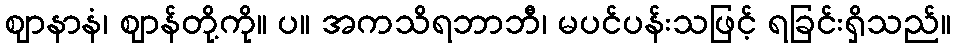
ဈာနာနံ၊ ဈာန်တို့ကို။ ပ။ အကသိရဘာဘီ၊ မပင်ပန်းသဖြင့် ရခြင်းရှိသည်။